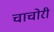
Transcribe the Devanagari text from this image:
चाचोरी